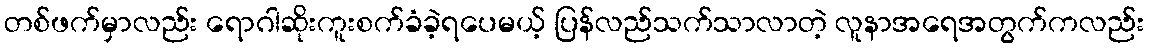
တစ်ဖက်မှာလည်း ရောဂါဆိုးကူးစက်ခံခဲ့ရပေမယ့် ပြန်လည်သက်သာလာတဲ့ လူနာအရေအတွက်ကလည်း